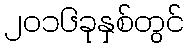
၂၀၁၆ခုနှစ်တွင်